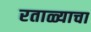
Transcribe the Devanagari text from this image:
रताळ्याचा